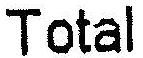
TOTAL